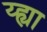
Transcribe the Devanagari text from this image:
य्ह्या